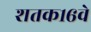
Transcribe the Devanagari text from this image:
शतक१६वे